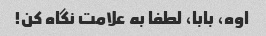
اوه، بابا، لطفا به علامت نگاه کن!